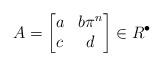
LaTeX: \begin{align*} A=\begin{bmatrix} a & b\pi^n \\ c & d\end{bmatrix} \in R^\bullet \end{align*}